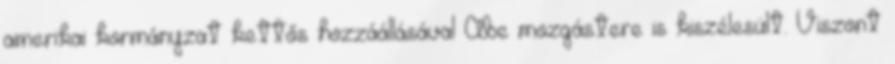
amerikai kormányzat kettős hozzáállásával Abe mozgástere is kiszélesült. Viszont